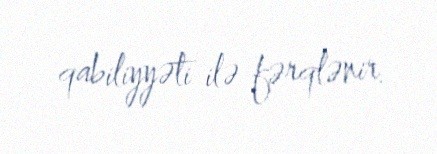
qabiliyyəti ilə fərqlənir.